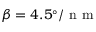
\beta = 4 . 5 ^ { \circ } / \mathrm { ~ n ~ m ~ }